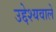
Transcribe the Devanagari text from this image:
उद्देश्यवाले